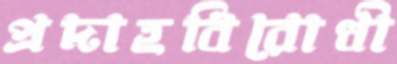
প্রদাহবিরোধী